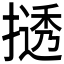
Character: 𫽾